Eesti_Toorahva_Kommuun, lk 35
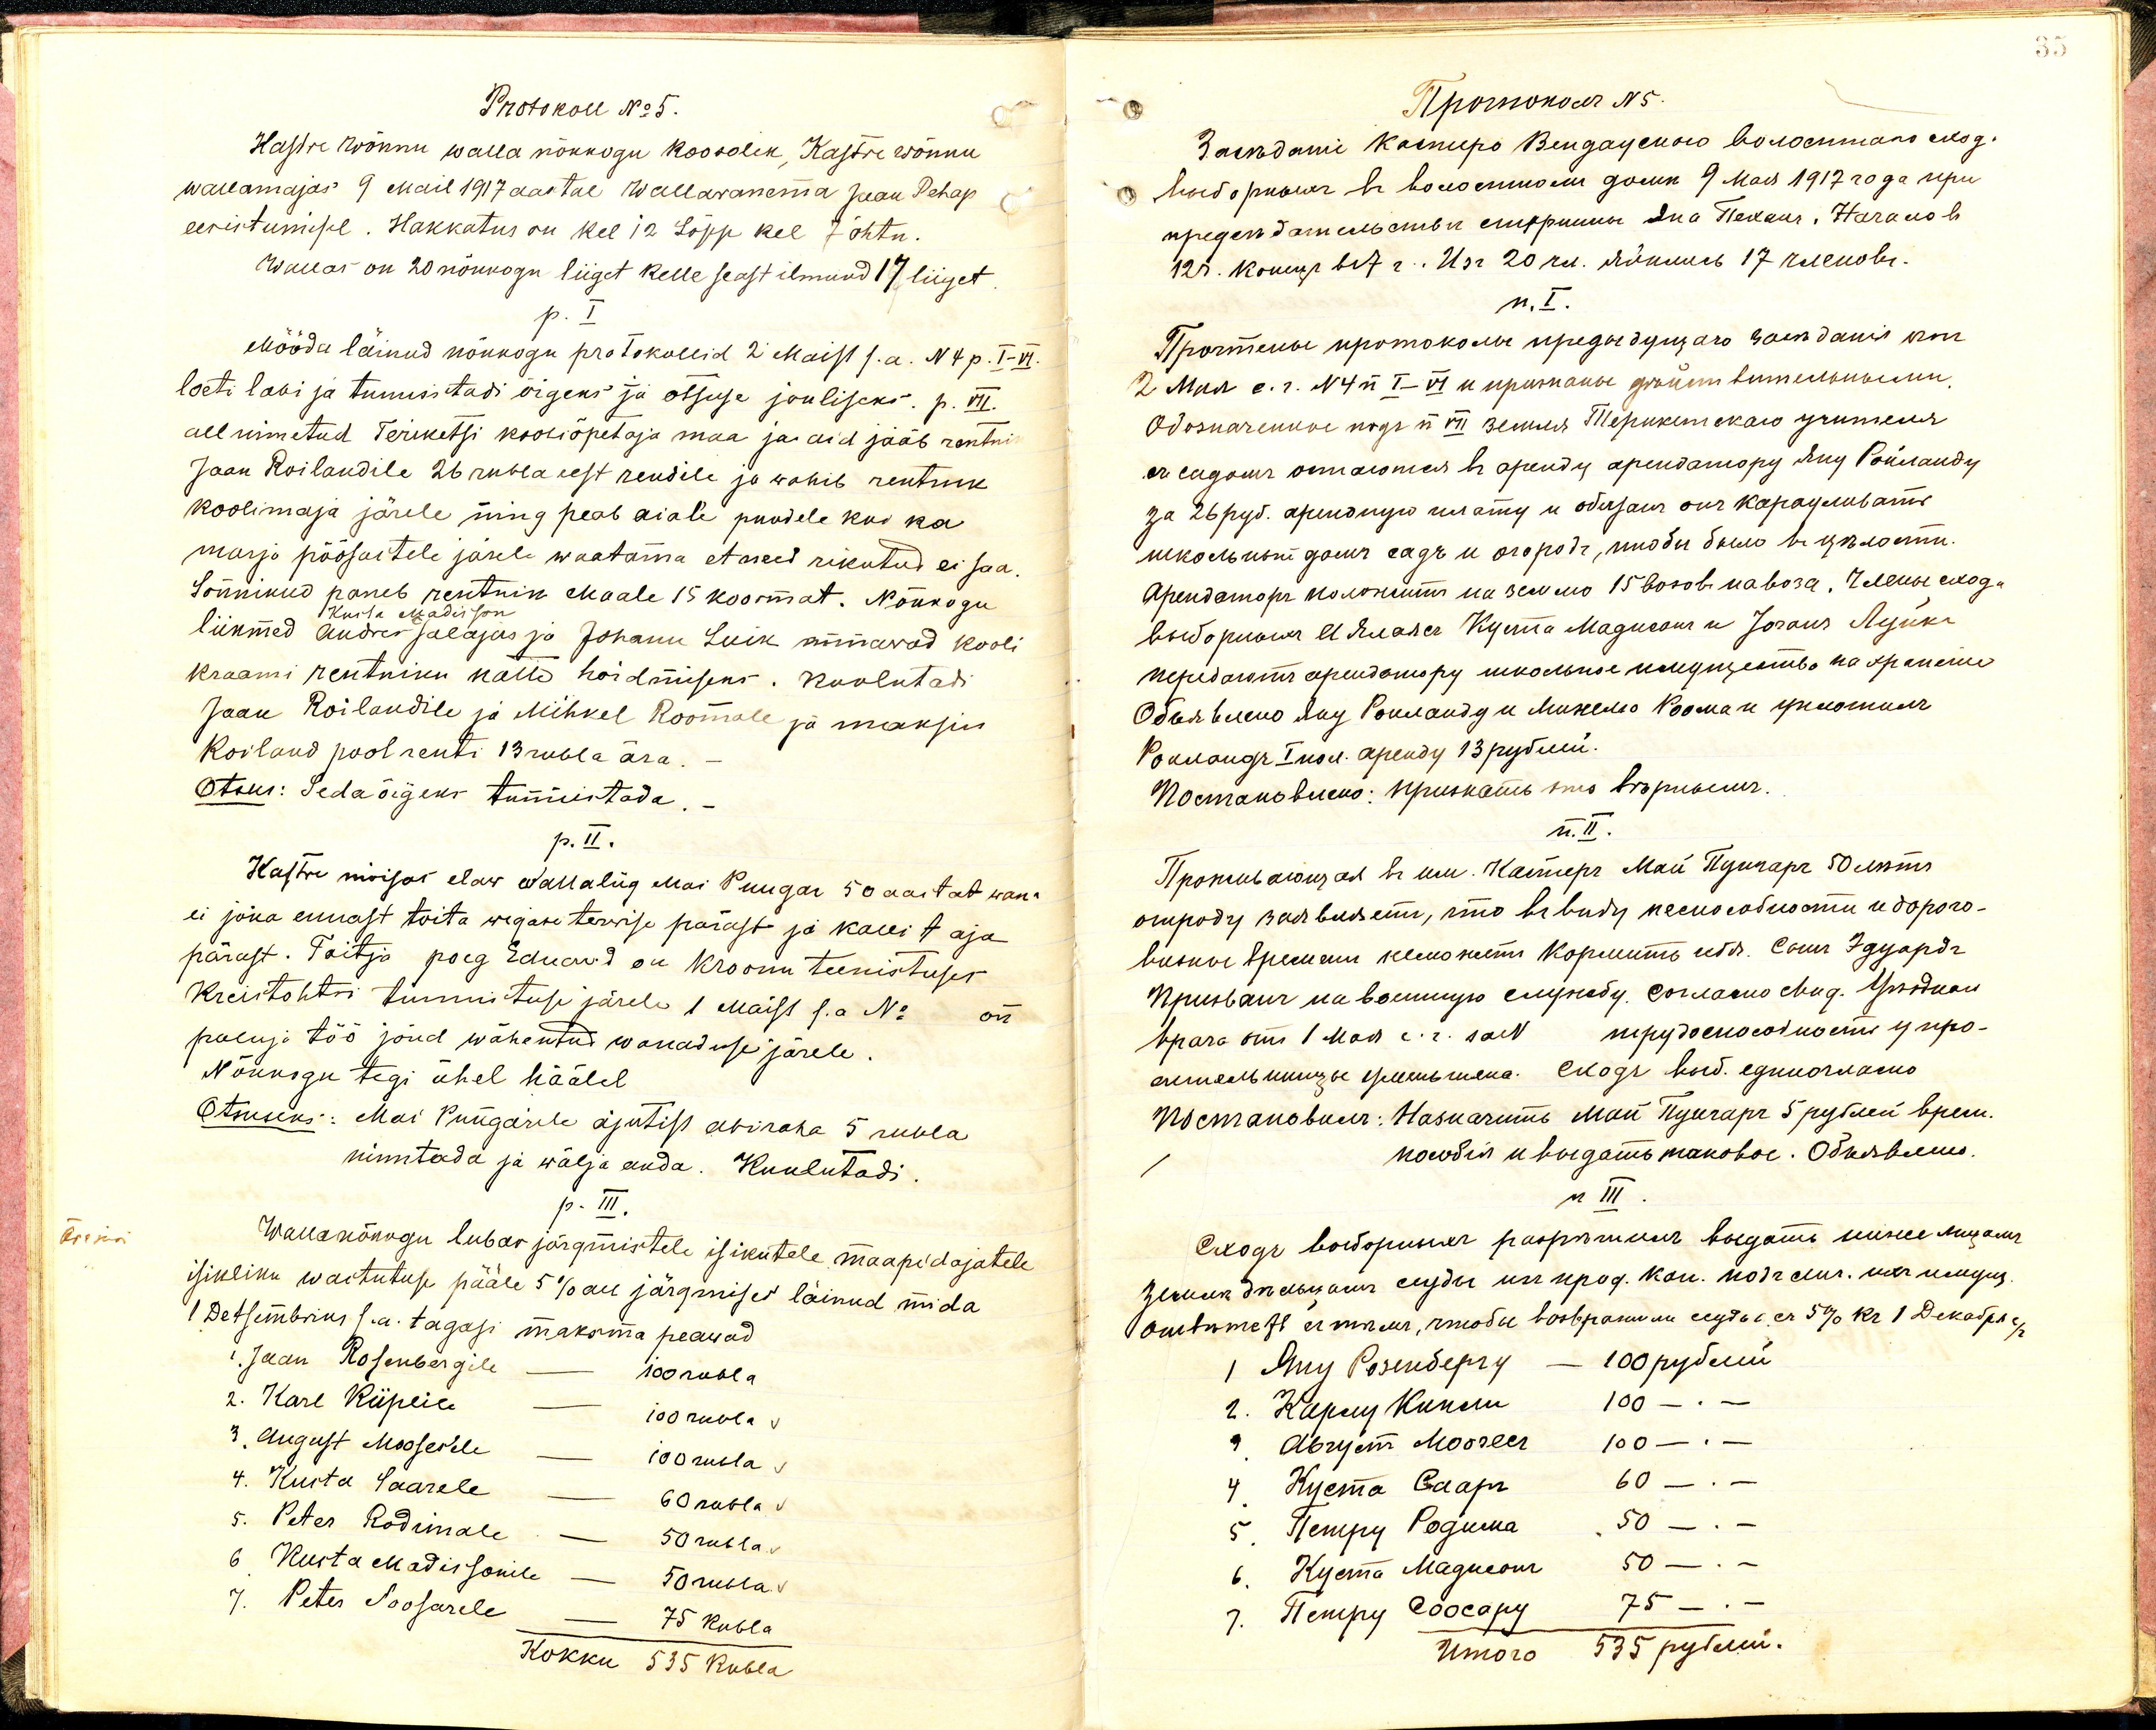
Protokoll No 5.
Kastre Wõnnu walla nõukogu koosolek, Kastre Wõnnu
wallamajas 9 mail 1917 aastal Wallawanema Jaan Pehap
eesistumisel. Hakkatus on kel 12 Lõpp kel 7 õhtu.
Wallas on 20 nõukogu liiget kelle seast ilmund 17 liiget
p. I
Mööda läinud nõukogu protokollid 2 Maist s.a. N 4 p. I-VI.
loeti läbi ja tunnistadi õigeks ja otsuse jouliseks p. VII.
all nimetud Teriketsi kooliõpetaja maa ja aid jääb rentnik
Jaan Roilandile 26 rubla eest rendile ja wahib rentnik
koolimaja järele ning peab aiale puudele kui ka
marja põõsastele järele waatama et need rikutud ei saa.
Sõnnikud paneb rentnik Maale 15 koormat. Nõukogu
Kusta Madisson
liikmed Andres jalajas ja Johann Luik minewad kooli
kraami rentniku kätte hoidmiseks. Kuulutadi
Jaan Roilandile ja Mihkel Roomale ja maksin
Roiland pool renti 13 rubla ära.
Otsus: Seda õigeks tunnistada.
p. II.
Kastre mõisas elaw walla liig Mai Pungar 50 aastat wana
ei jõua ennast toita wigase terwise pärast ja kaui t aja
pärast. Toitja poeg Eduard on kroonu teenistuses.
Kreistohtri tunnistuse järele 1 Maist s.a No on
paluja töö jõud wähentud wanaduse järele.
Nõukogu tegi ühel häälel
Otsuseks: Mai Pungarile ajutist abiraha 5 rubla
nimetada ja wälja anda. Kuulutadi
p. III.
Wallanõukogu lubas järgmistele isikutele maapidajatele
isikliku wastutuse pääle 5% all järgmised läinud mida
1 Detsembriks s.a. tagasi maksma peawad
1. Jaan Rosenbergile - 100 rubla
2. Karl Riipeile - 100 rubla
3. August Mooses'ele - 100 rubla
4. Kusta Saarele - 60 rubla
5. Peter Rodimale - 50 rubla
6 Kusta Madissonile - 50 rubla
7. Peter Soosarele - 75 rubla
Kokku 535 Rubla